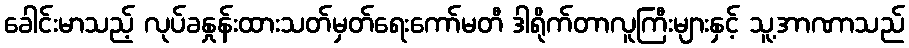
ခေါင်းမာသည့် လုပ်ခနှုန်းထားသတ်မှတ်ရေးကော်မတီ ဒါရိုက်တာလူကြီးများနှင့် သူ့အာဏာသည်